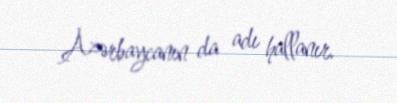
Azərbaycanın da adı hallanır.